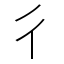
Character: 彳